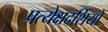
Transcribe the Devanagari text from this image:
प्रत्येक्षदर्शियों